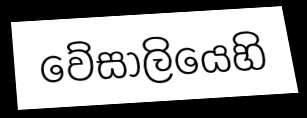
වේසාලියෙහි